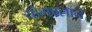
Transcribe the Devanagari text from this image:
योगबलाने